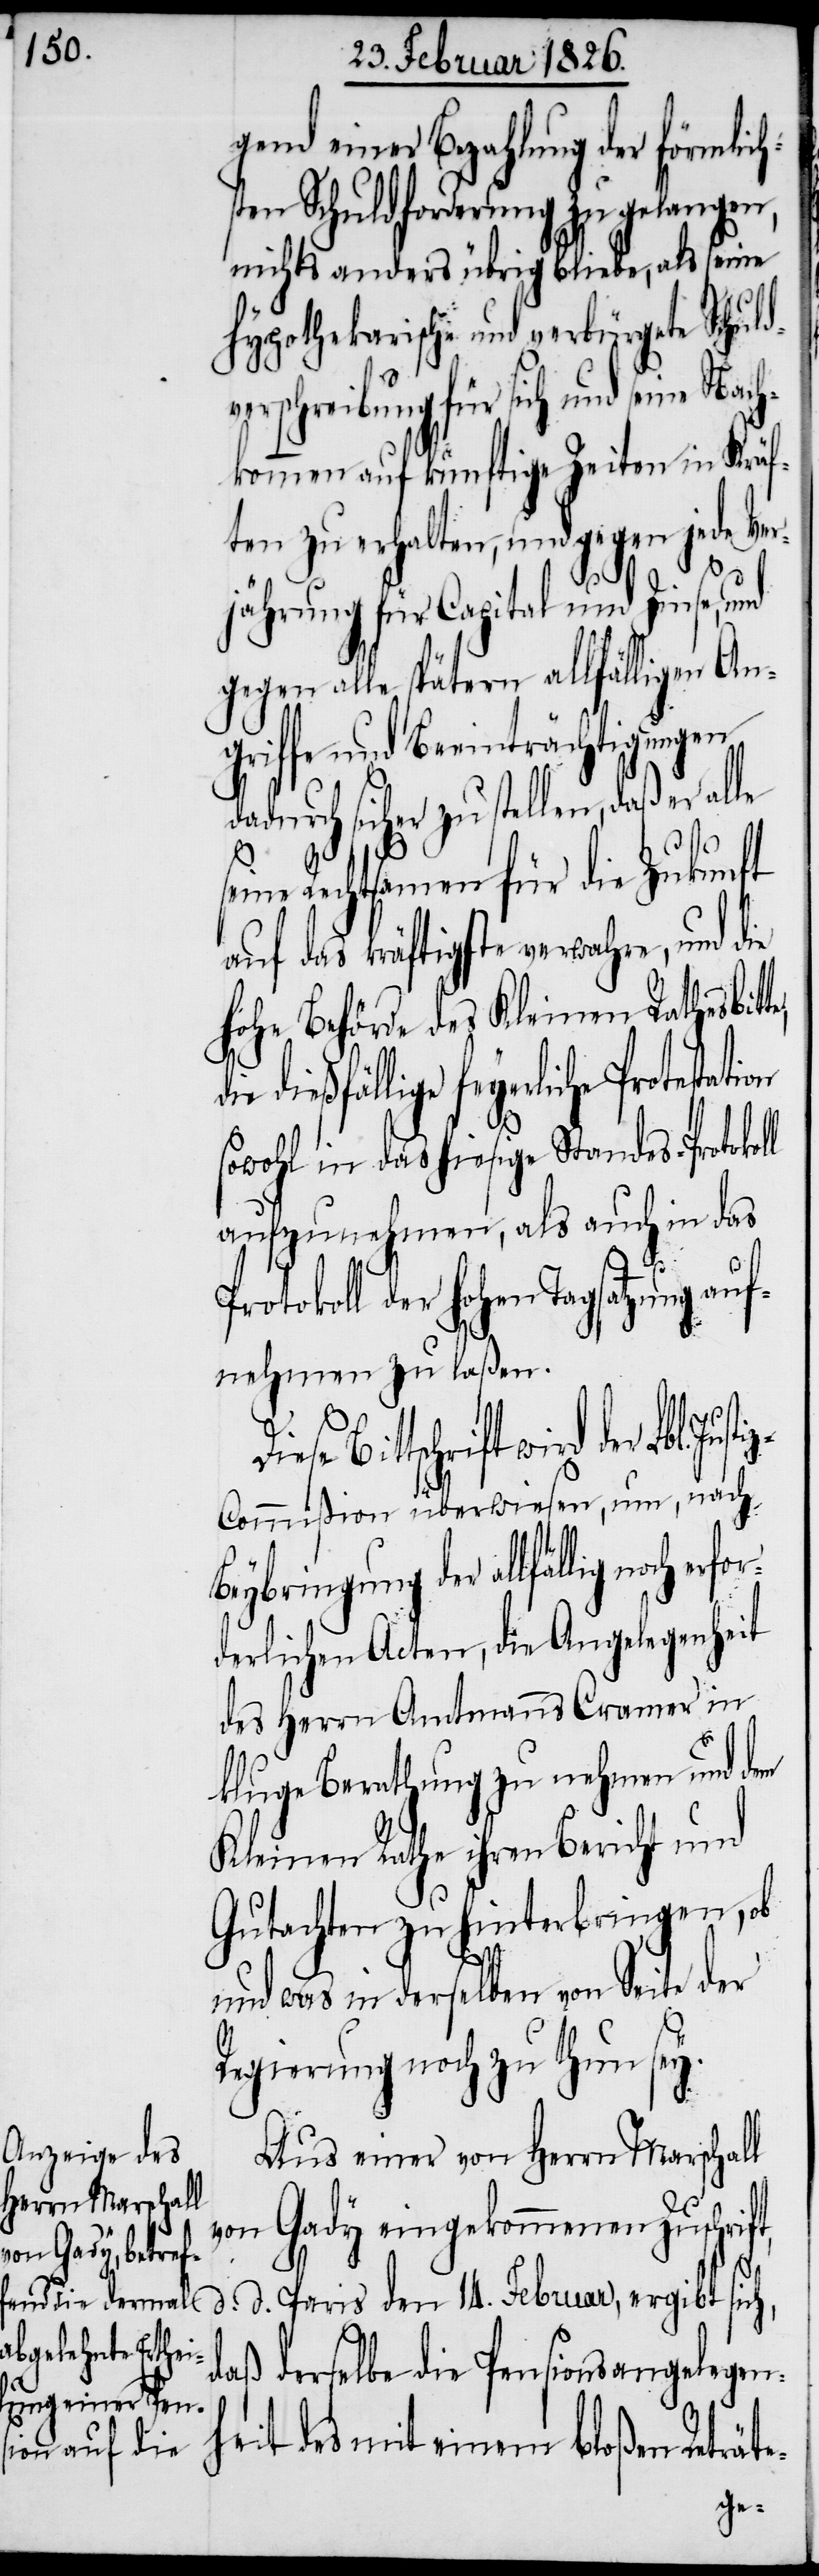
ch erfor¬

gend einer Bezahlung der förmlic¬
en Schuldforderung zu gelangen,
nichts anders übrig bliebe, als seine
hypothekarische und verbürgete Schul¬
rschreibung für sich und seine
kommen auf künftige Zeiten in Krä¬
ften zu erhalten, und gegen jede Ve¬
rjährung für Capital und Zinse, und
gegen alle spätern allfälligen An¬
griffe und Beeinträchtigungen
sicher zu stellen, daß
eine Rechtsamen für die Zukunft
auf das kräftigste verwahre, und die
hohe Behörde des Kleinen Rathes bitt¬
e feyerliche Protestation
sowohl in das hiesige Standes-Protokol¬
aufzunehmen, als auch in das
okoll der hohen Tagsatzung
nehmen zu laßen.
räte-
Bittschrift wird der
z-Commißion überwiesen, um, nach
Beybringung der allfällig no¬
derlichen Acten, die Angelegenheit
des Herrn Amtmanns Cramer in
kluge Berathung zu nehmen und dem
Kleinen Rath ihren Bericht und
Gutachten zu hinterbringen, ob
und was in derselben von Seite der
Regierung noch zu thun sey.
Aus einer von Herrn Marschall
von Gady eingekommenen Zuschrift,
d. d. Paris den 14. Februar, ergibt sich,
daß derselbe die Pensionsangelegen¬
heit des mit einem bloßen Ret¬
dve¬